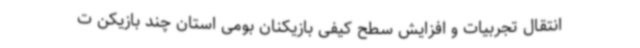
انتقال تجربیات و افزایش سطح کیفی بازیکنان بومی استان چند بازیکن ت